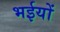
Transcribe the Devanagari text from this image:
भईयों